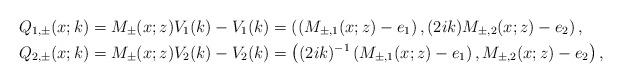
LaTeX: \begin{align*}&Q_{1, \pm} (x;k)=M_{\pm}(x;z) V_1(k)-V_1(k)=\left(\left(M_{\pm,1}(x;z)-e_1\right), (2ik)M_{\pm,2}(x;z)-e_2\right),\\&Q_{2, \pm}(x;k)=M_{\pm}(x;z) V_2(k)-V_2(k)=\left((2ik)^{-1}\left(M_{\pm,1}(x;z)-e_1\right), M_{\pm,2}(x;z)-e_2\right),\end{align*}